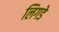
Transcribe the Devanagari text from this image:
लिगडे